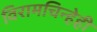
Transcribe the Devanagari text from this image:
विरामचिन्हेही